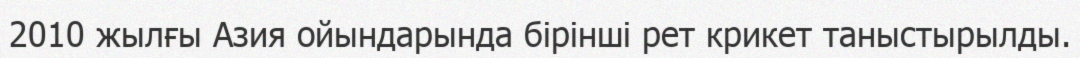
2010 жылғы Азия ойындарында бірінші рет крикет таныстырылды.